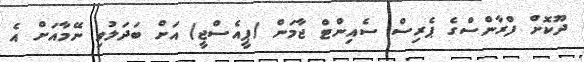
ދޫކޮށް ފްރާންސްގެ ޕެރިސް ސެއިންޓް ޖާމަން (ޕީއެސްޖީ) އަށް ބަދަލުވި ނޭމާއަށް އެ